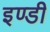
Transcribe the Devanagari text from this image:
इण्डी